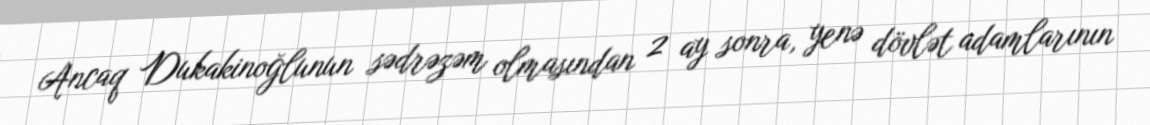
Ancaq Dukakinoğlunun sədrəzəm olmasından 2 ay sonra, yenə dövlət adamlarının